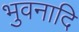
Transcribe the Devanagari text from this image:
भुवनादि